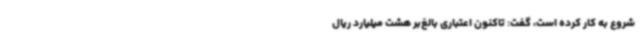
شروع به کار کرده است، گفت: تاکنون اعتباری بالغ‌بر هشت میلیارد ریال